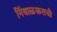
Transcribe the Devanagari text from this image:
निंबाळकराची